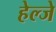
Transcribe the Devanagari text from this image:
हेल्जे